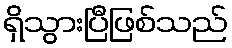
ရှိသွားပြီဖြစ်သည်